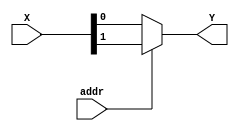
module mux_2_1 (
		input addr,
		input [1:0] X,
		output Y
);

assign Y = addr ? X[1] : X[0];

endmodule